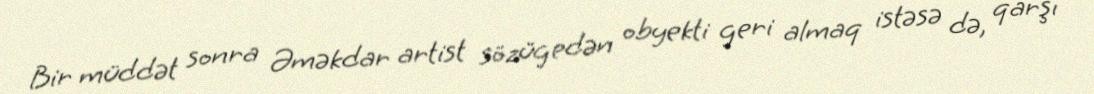
Bir müddət sonra Əməkdar artist sözügedən obyekti geri almaq istəsə də, qarşı